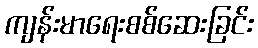
ကျန်းမာရေးစစ်ဆေးခြင်း